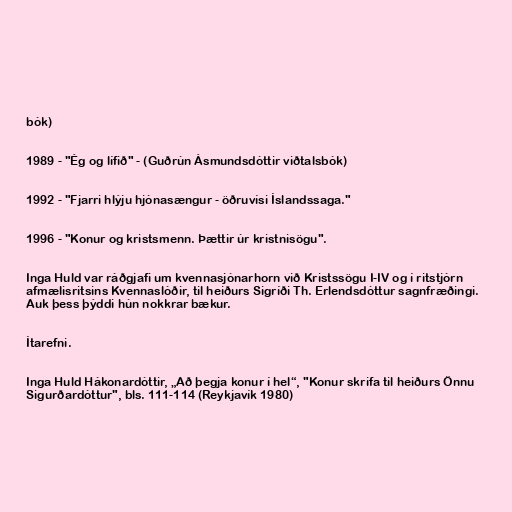
bók)

1989 - "Ég og lífið" - (Guðrún Ásmundsdóttir viðtalsbók)

1992 - "Fjarri hlýju hjónasængur - öðruvísi Íslandssaga."

1996 - "Konur og kristsmenn. Þættir úr kristnisögu".

Inga Huld var ráðgjafi um kvennasjónarhorn við Kristssögu I-IV og í ritstjórn
afmælisritsins Kvennaslóðir, til heiðurs Sigríði Th. Erlendsdóttur sagnfræðingi.
Auk þess þýddi hún nokkrar bækur.

Ítarefni.

Inga Huld Hákonardóttir, „Að þegja konur í hel“, "Konur skrifa til heiðurs Önnu
Sigurðardóttur", bls. 111-114 (Reykjavík 1980)